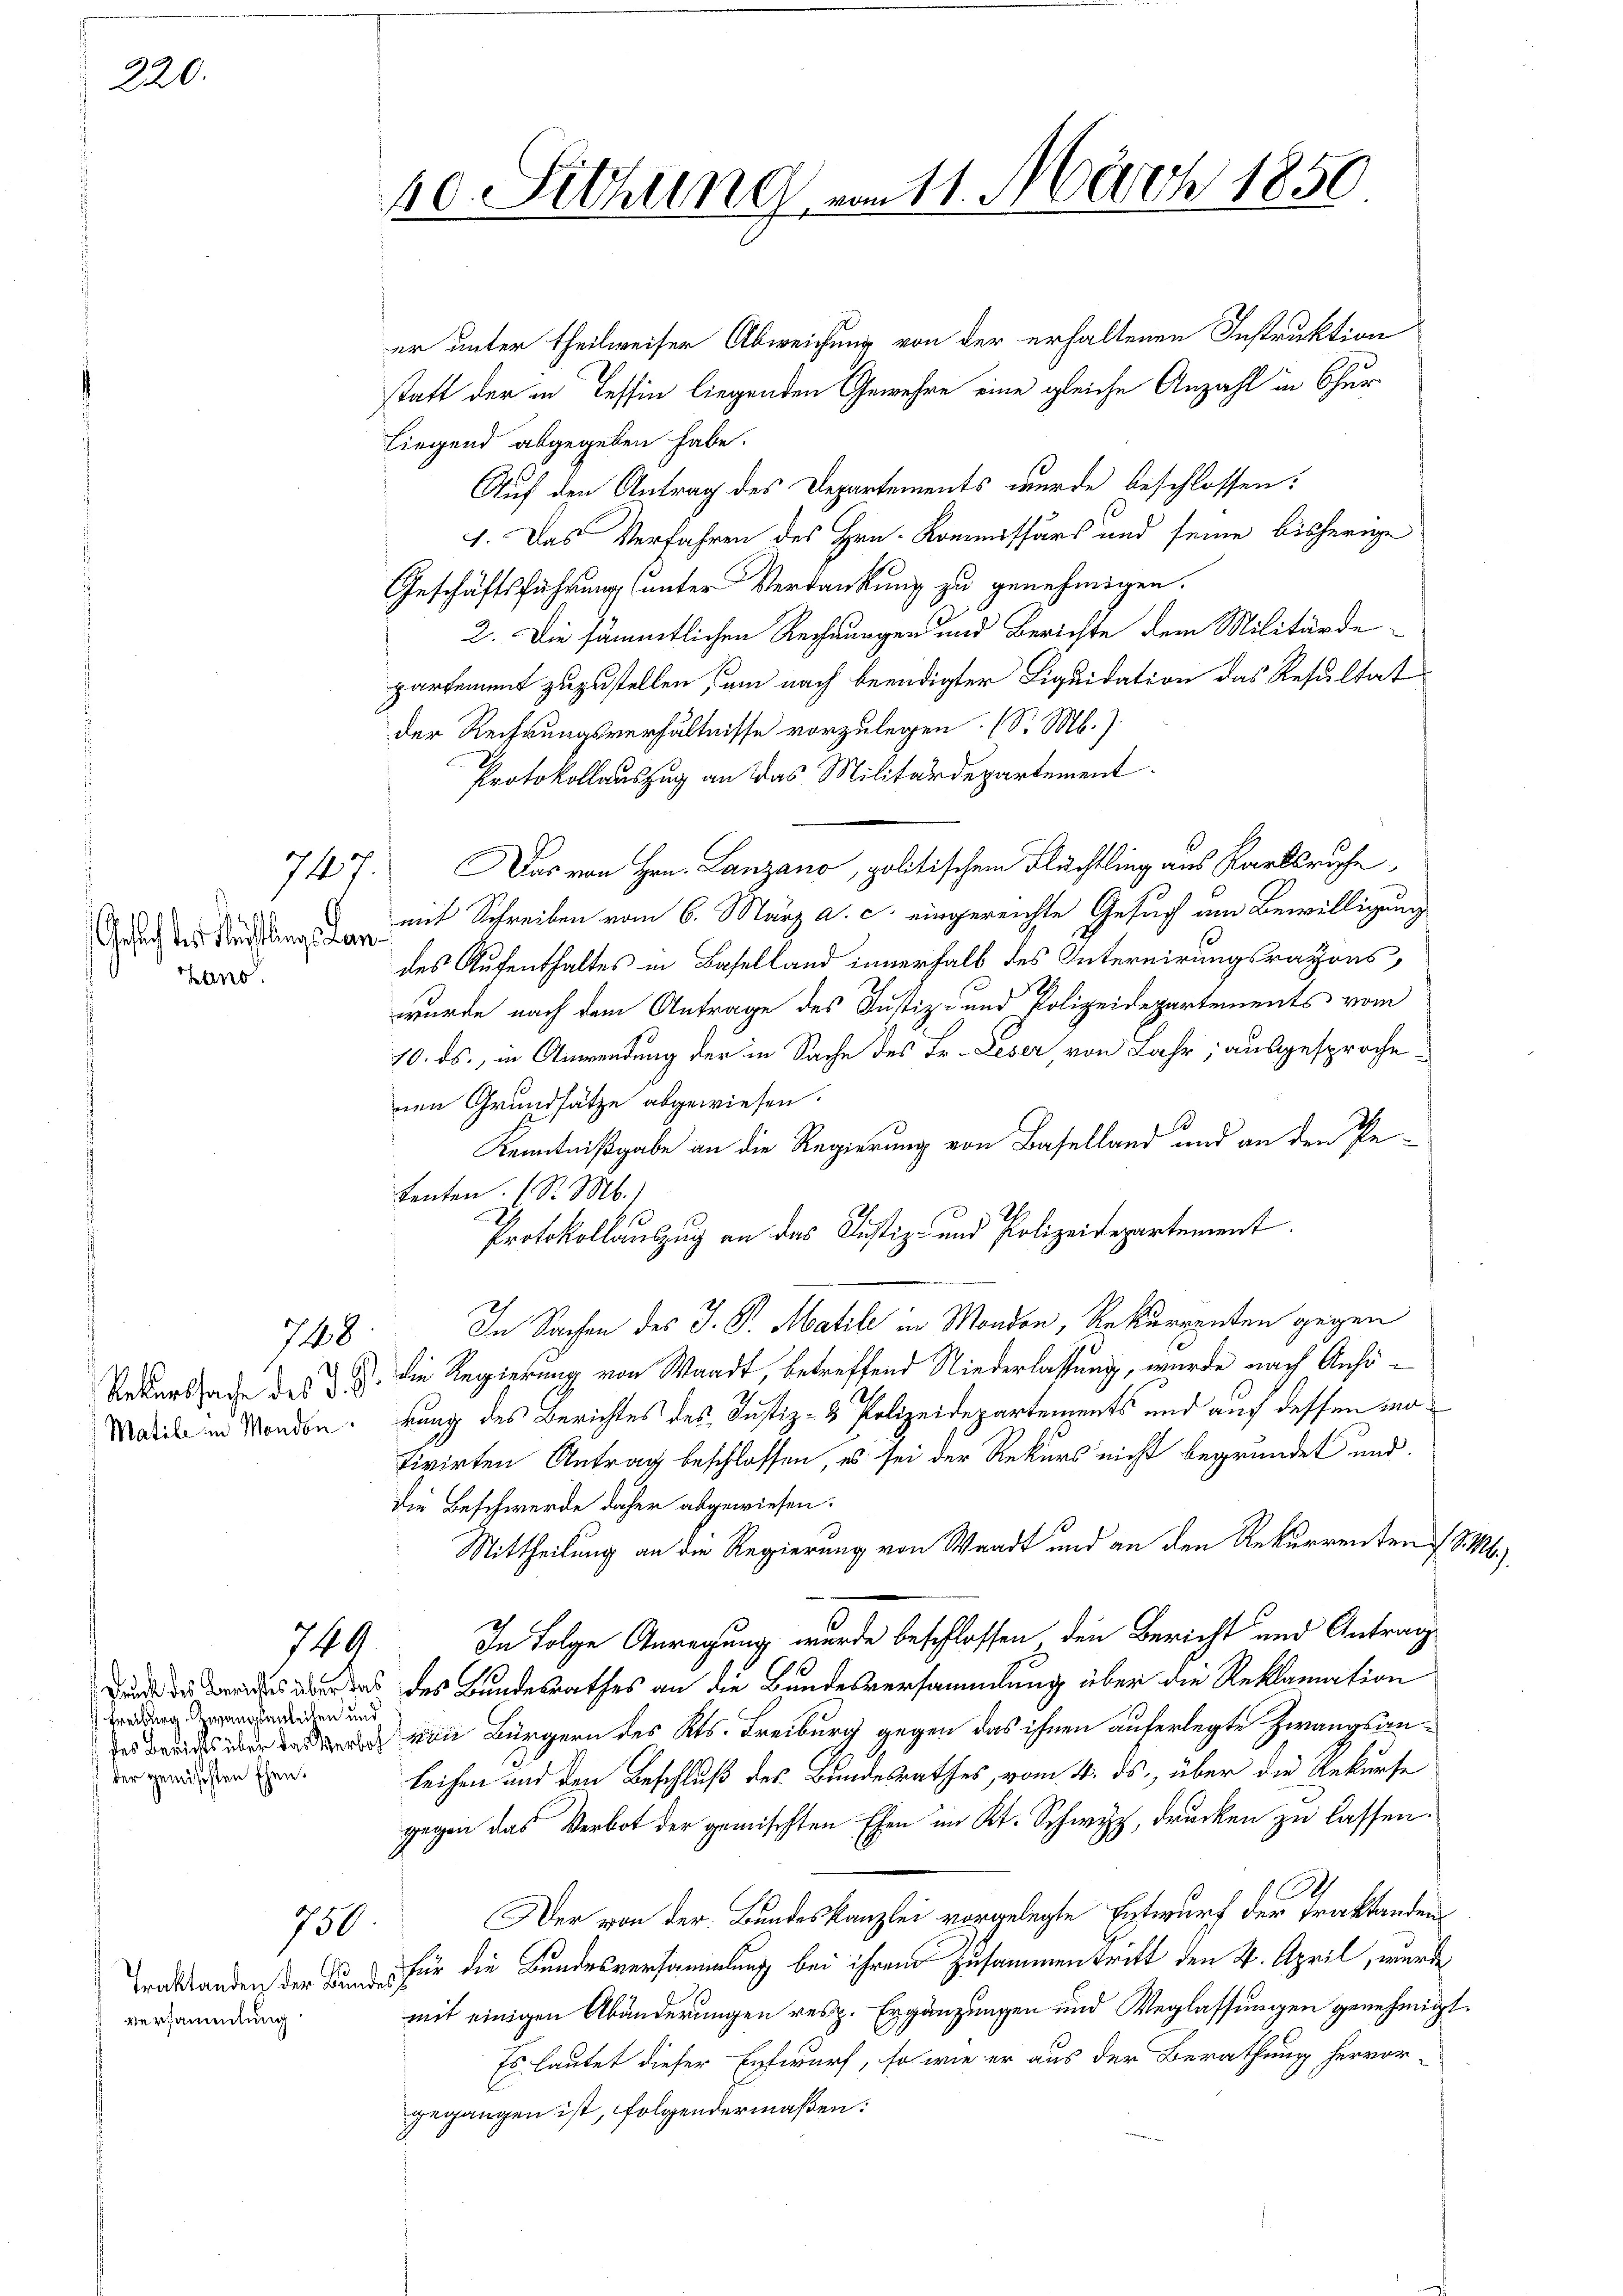
220.

Gesuch des Festungs Lan
Hans

748

Matile in Manden.

740

Freiburg. Zwangsanleihen und
der gemischten Ehen.

750

versammlung

10. Sitzung von 11. März 1850

er unter theilweiser Abweichung von der erhaltenen Instruktion
statt der in Tessin liegenden Gewehre eine gleiche Anzahl in Chur
Liegend abgegeben habe.
Auf den Antrag des Departements wurde beschlossen:
1. Das Verfahren des Hrn. Kommissärs und seine bisherige
Geschäftsführung unter Verdankung zu genehmigen.
2. Die sämmtlichen Rechnungen und Berichte dem Militärde
partement zuzustellen, um nach beendigter Liquidation das Resultat
der Rechnungsverhältnisse vorzulegen (S. M.)
Protokollauszug an das Militärdepartement.
717. Das von Hrn. Lanzano, politischem Flüchtling aus Karlsruhe
mit Schreiben vom 6. März a. c. eingereichte Gesuch am Bewilligung
des Aufenthaltes in Baselland innerhalb des Internirungsratons,
wurde nach dem Antrage des Justiz- und Polizeidepartements vom
70. ds., in Anwendung der in Sache des Fr. Leser, von Lahr; ausgesprochenen Grundsätze abgewiesen.
Kenntnißgabe an die Regierung von Baselland und an den Pe
tenten. (S. M.)
Protokollauszug an das Justiz- und Polizeidepartement.
In Sachen des J. P. Matile in Mondon, Rekurrenten gegen
Rekurssache des §. 3. die Regierung von Waadt, betreffend Niederlassung, wurde nach Anhökung des Berichtes des Justiz- & Polizeidepartements und auf dessen motivirten Antrag beschlossen, es sei der Rekurs nicht begründet und
die Beschwerde daher abgewiesen.
Mittheilung an die Regierung von Waadt und an den Rekurrenten S. b.)
In Folge Anregung wurde beschlossen den Bericht und Antrag
und die des der das des Bundesrathes an die Bundesversammlung über die Reklamation
 von Bürgern des Kts. Freiburg gegen das ihnen auferlegte Zwangsanleihen und den Beschluß des Bundesrathes, vom 4. ds. über die Rekurse
gegen das Verbot der gemischten Ehen im Kt. Schwyz, drucken zu lassen.
Der von der Bundeskanzlei vorgelegte Entwurf der Traktanden
Traktanden der Bunde für die Bundesversammlung bei ihren Zusammentritt den 4. April, wurde
mit einigen Abänderungen resp. Ergänzungen und Weglassungen genehmigt.
Es lautet dieser Entwurf, so wie er aus der Berathung hervor-
gegangen ist, folgendermaßen: